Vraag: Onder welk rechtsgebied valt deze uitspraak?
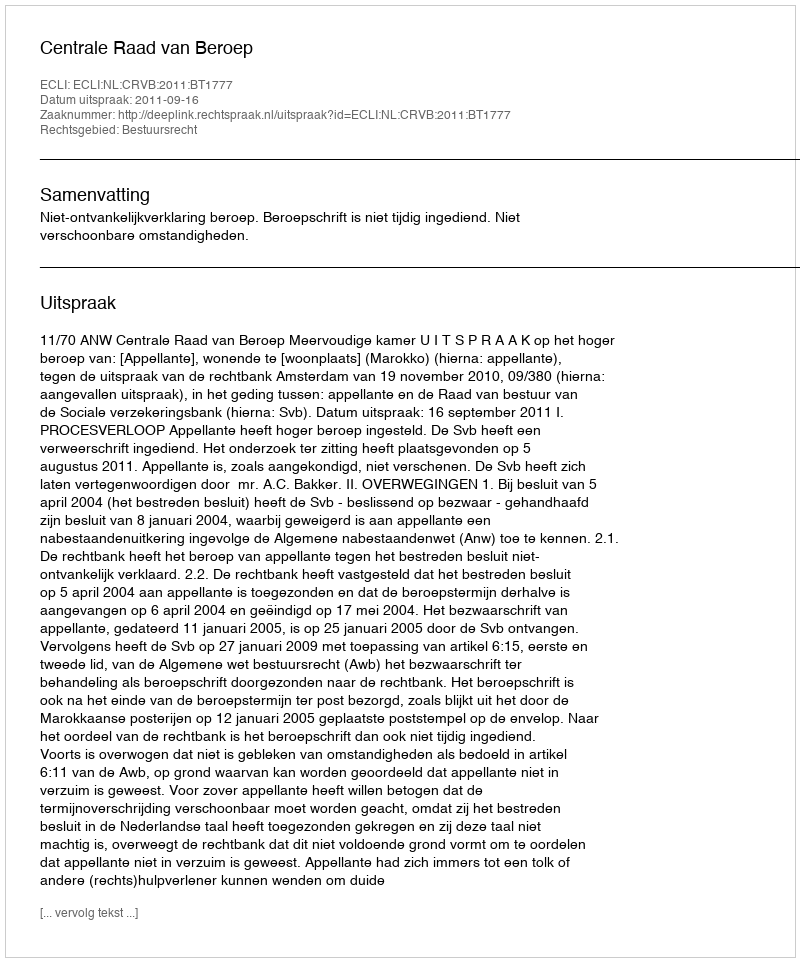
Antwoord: Bestuursrecht